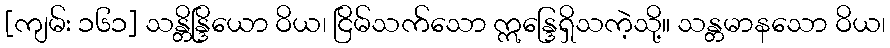
[ကျမ်း ၁၆၁] သန္တိန္ဒြိယော ဝိယ၊ ငြိမ်သက်သော ဣန္ဒြေရှိသကဲ့သို့။ သန္တမာနသော ဝိယ၊